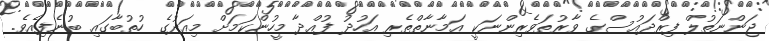
ޖަންނަތުލް ފިރްދައުސްގެ ވާރުތަވެރިންނަކީ އަމާނާތްތެރި އަހުދު ފުއްދާ މީހުންކަމަށް މިއަދުގެ ހުތުބާގައި ބުނެފިއެވެ.